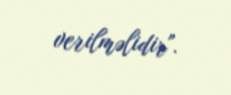
verilməlidir".